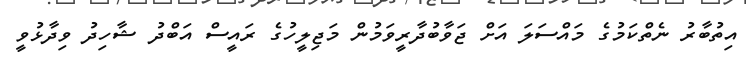
އިތުބާރު ނެތްކަމުގެ މައްސަލަ އަށް ޖަވާބުދާރީވަމުން މަޖިލީހުގެ ރައީސް އަބްދު ޝާހިދު ވިދާޅުވީ